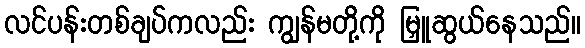
လင်ပန်းတစ်ချပ်ကလည်း ကျွန်မတို့ကို မြှူဆွယ်နေသည်။